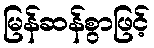
မြန်ဆန်စွာဖြင့်